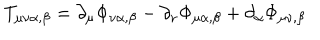
LaTeX: T _ { \mu \nu \alpha , \beta } = \partial _ { \mu } \Phi _ { \nu \alpha , \beta } - \partial _ { \nu } \Phi _ { \mu \alpha , \beta } + \partial _ { \alpha } \Phi _ { \mu \nu , \beta }